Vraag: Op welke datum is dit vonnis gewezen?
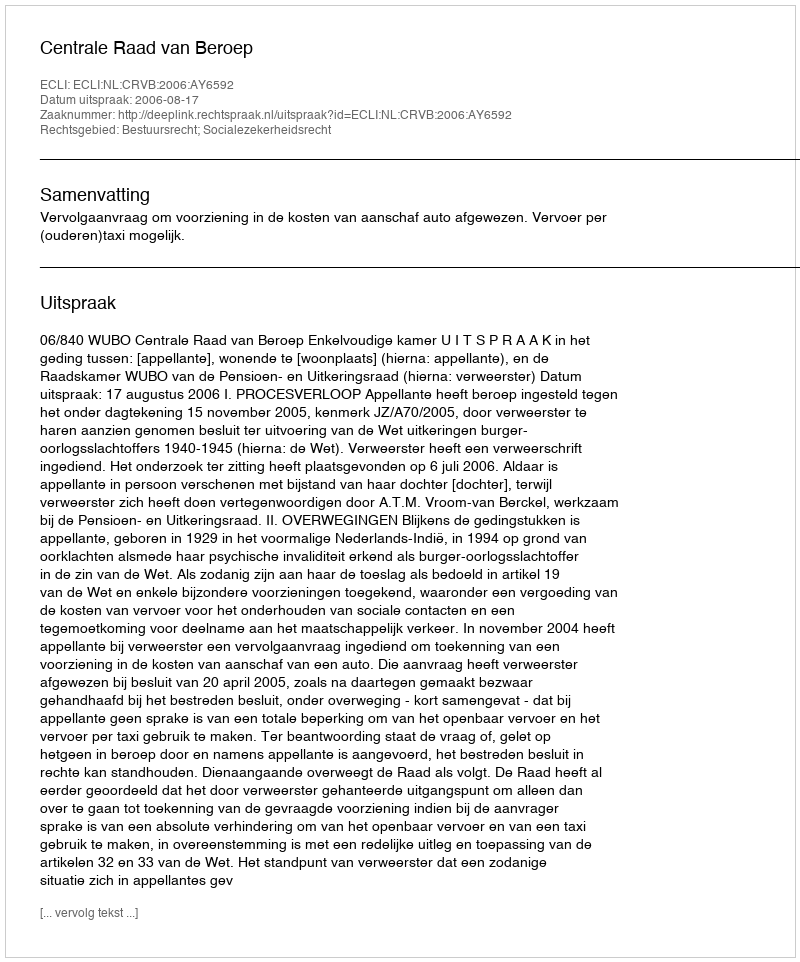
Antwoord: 2006-08-17